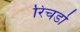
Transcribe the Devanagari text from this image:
रिचर्डो